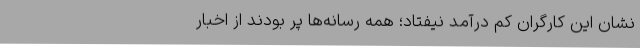
نشان این کارگران کم درآمد نیفتاد؛ همه رسانه‌ها پر بودند از اخبار